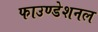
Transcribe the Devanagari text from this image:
फाउण्डेशनल